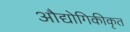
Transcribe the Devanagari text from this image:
औद्योगिकीकृत